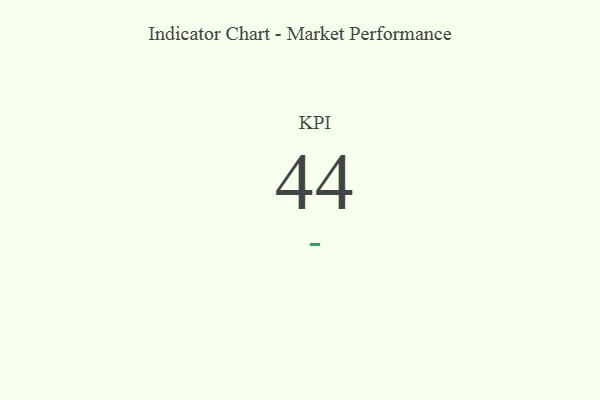
{"axis": {"x": "KPI", "y": "Value"}, "legend": [""], "data": [{"x": "KPI", "y": 44, "type": ""}]}